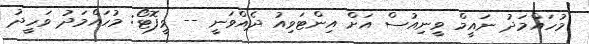
މުހައްމަދު ނައީމް ވީނިއުސް އަށް އިންޓަވިއު ދެއްވަނީ -- ވީފޮޓޯ: މުހައްމަދު ވަހީދު